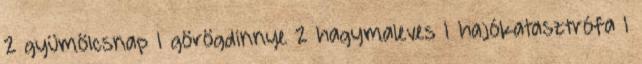
2 gyümölcsnap 1 görögdinnye 2 hagymaleves 1 hajókatasztrófa 1